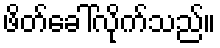
ဖိတ်ခေါ်လိုက်သည်။